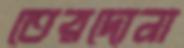
তেরদোনা